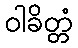
ဝါခိတ္တံ